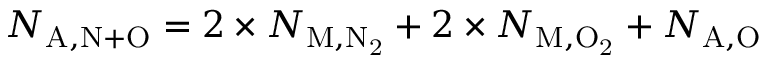
N _ { \mathrm { A , N + O } } = 2 \times N _ { \mathrm { M , N _ { 2 } } } + 2 \times N _ { \mathrm { M , O _ { 2 } } } + N _ { \mathrm { A , O } }